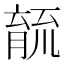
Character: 𮌫